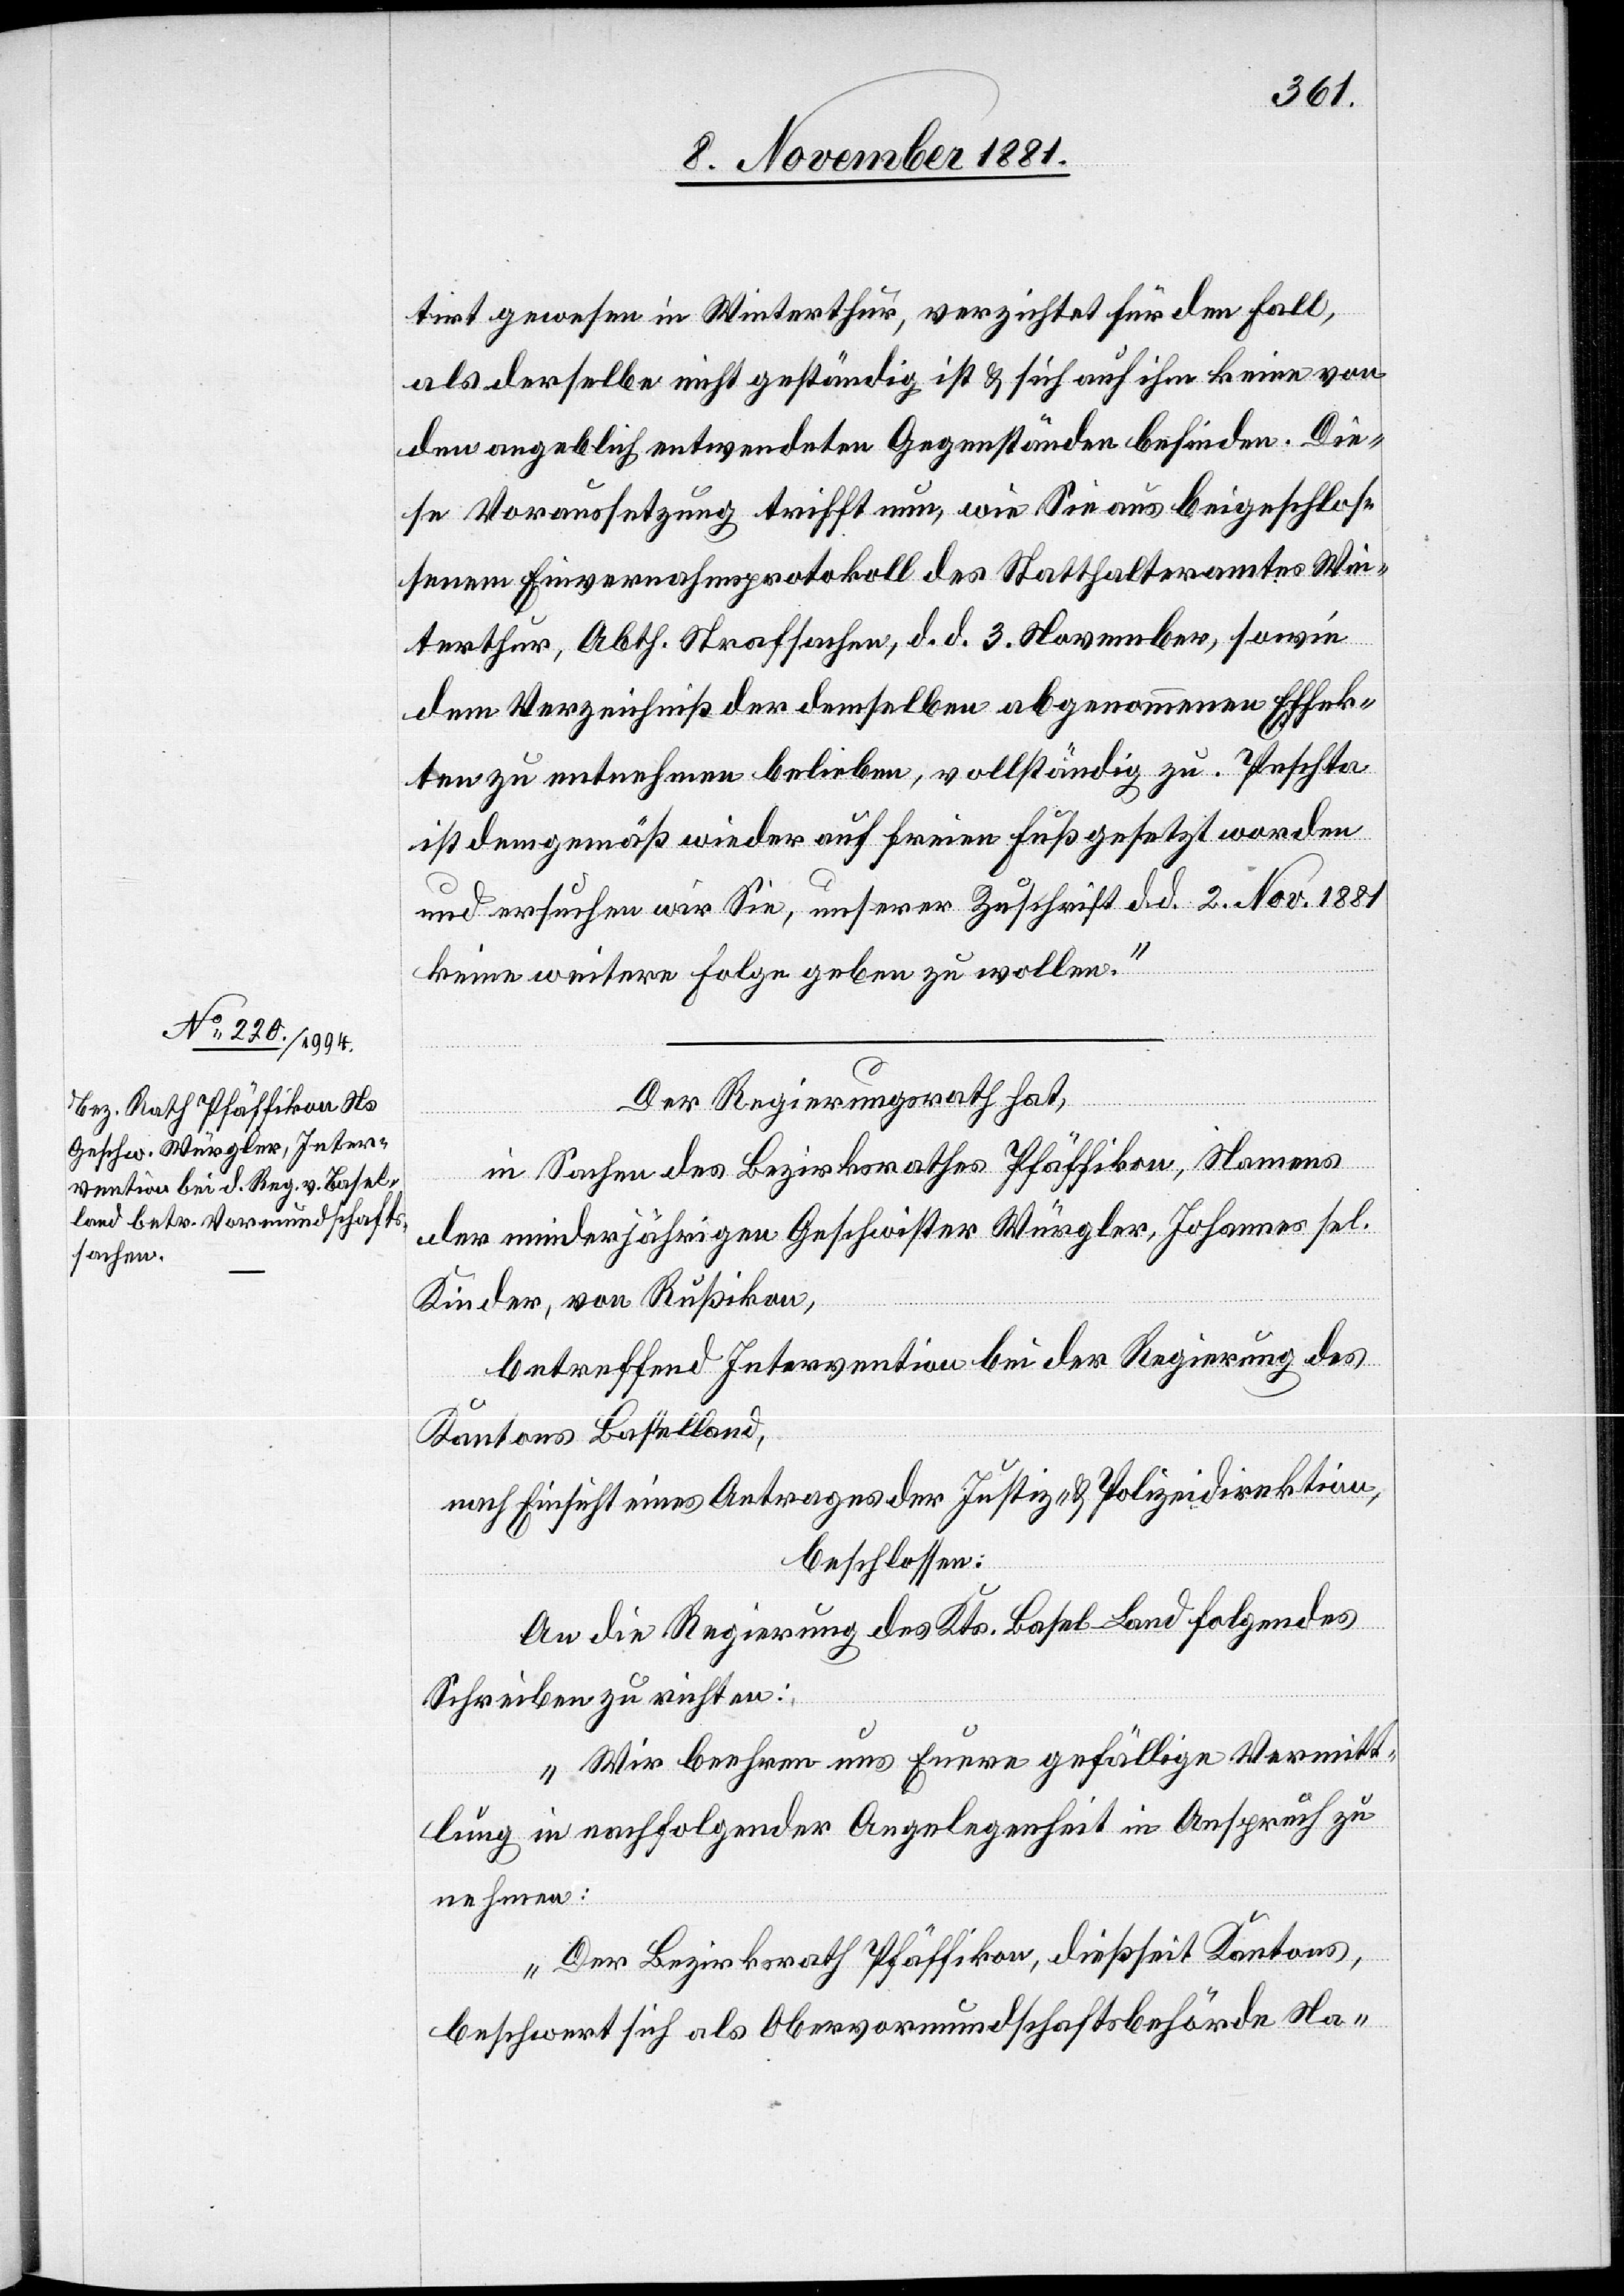
tirt gewesen in Winterthur, verzichtet für den Fall,
als derselbe nicht geständig ist & sich auf ihm keine von
den angeblich entwendeten Gegenständen befinden. Die¬
se Voraussetzung trifft nun, wie Sie aus beigeschlos¬
senem Einvernahmsprotokoll des Statthalteramtes Win¬
terthur, Abth. Strafsachen, d. d. 3. November, sowie
dem Verzeichniß der demselben abgenommenen Effek¬
ten zu entnehmen belieben, vollständig zu. Peschta
ist demgemäß wieder auf freien Fuß gesetzt worden
und ersuchen wir Sie, unserer Zuschrift d. d. 2. Nov. 1881
keine weitere Folge geben zu wollen.“
Der Regierungsrath hat,
in Sachen des Bezirksrathes Pfäffikon, Namens
der minderjährigen Geschwister Würgler, Johannes sel.
Kinder, von Rußikon,
betreffend Intervention bei der Regierung des
Kantons Baselland,
nach Einsicht eines Antrages der Justiz- & Polizeidirektion,
beschlossen:
An die Regierung des Kts. Basel-Land folgendes
Schreiben zu richten:
„Wir beehren uns Eure gefällige Vermitt¬
lung in nachfolgender Angelegenheit in Anspruch zu
nehmen:
Der Bezirksrath Pfäffikon, dießseit[.] Kantons,
beschwert sich als Obervormundschaftsbehörde Na-